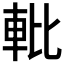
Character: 𬧱